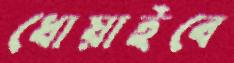
ধোয়াইবে